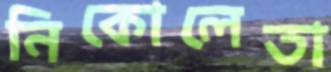
নিকোলেতা